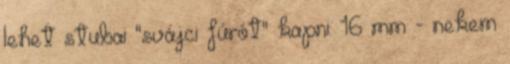
lehet stubai "svájci fúrót" kapni: 16 mm - nekem